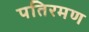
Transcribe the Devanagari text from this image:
पतिरमण